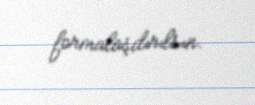
formalaşdırılsın.